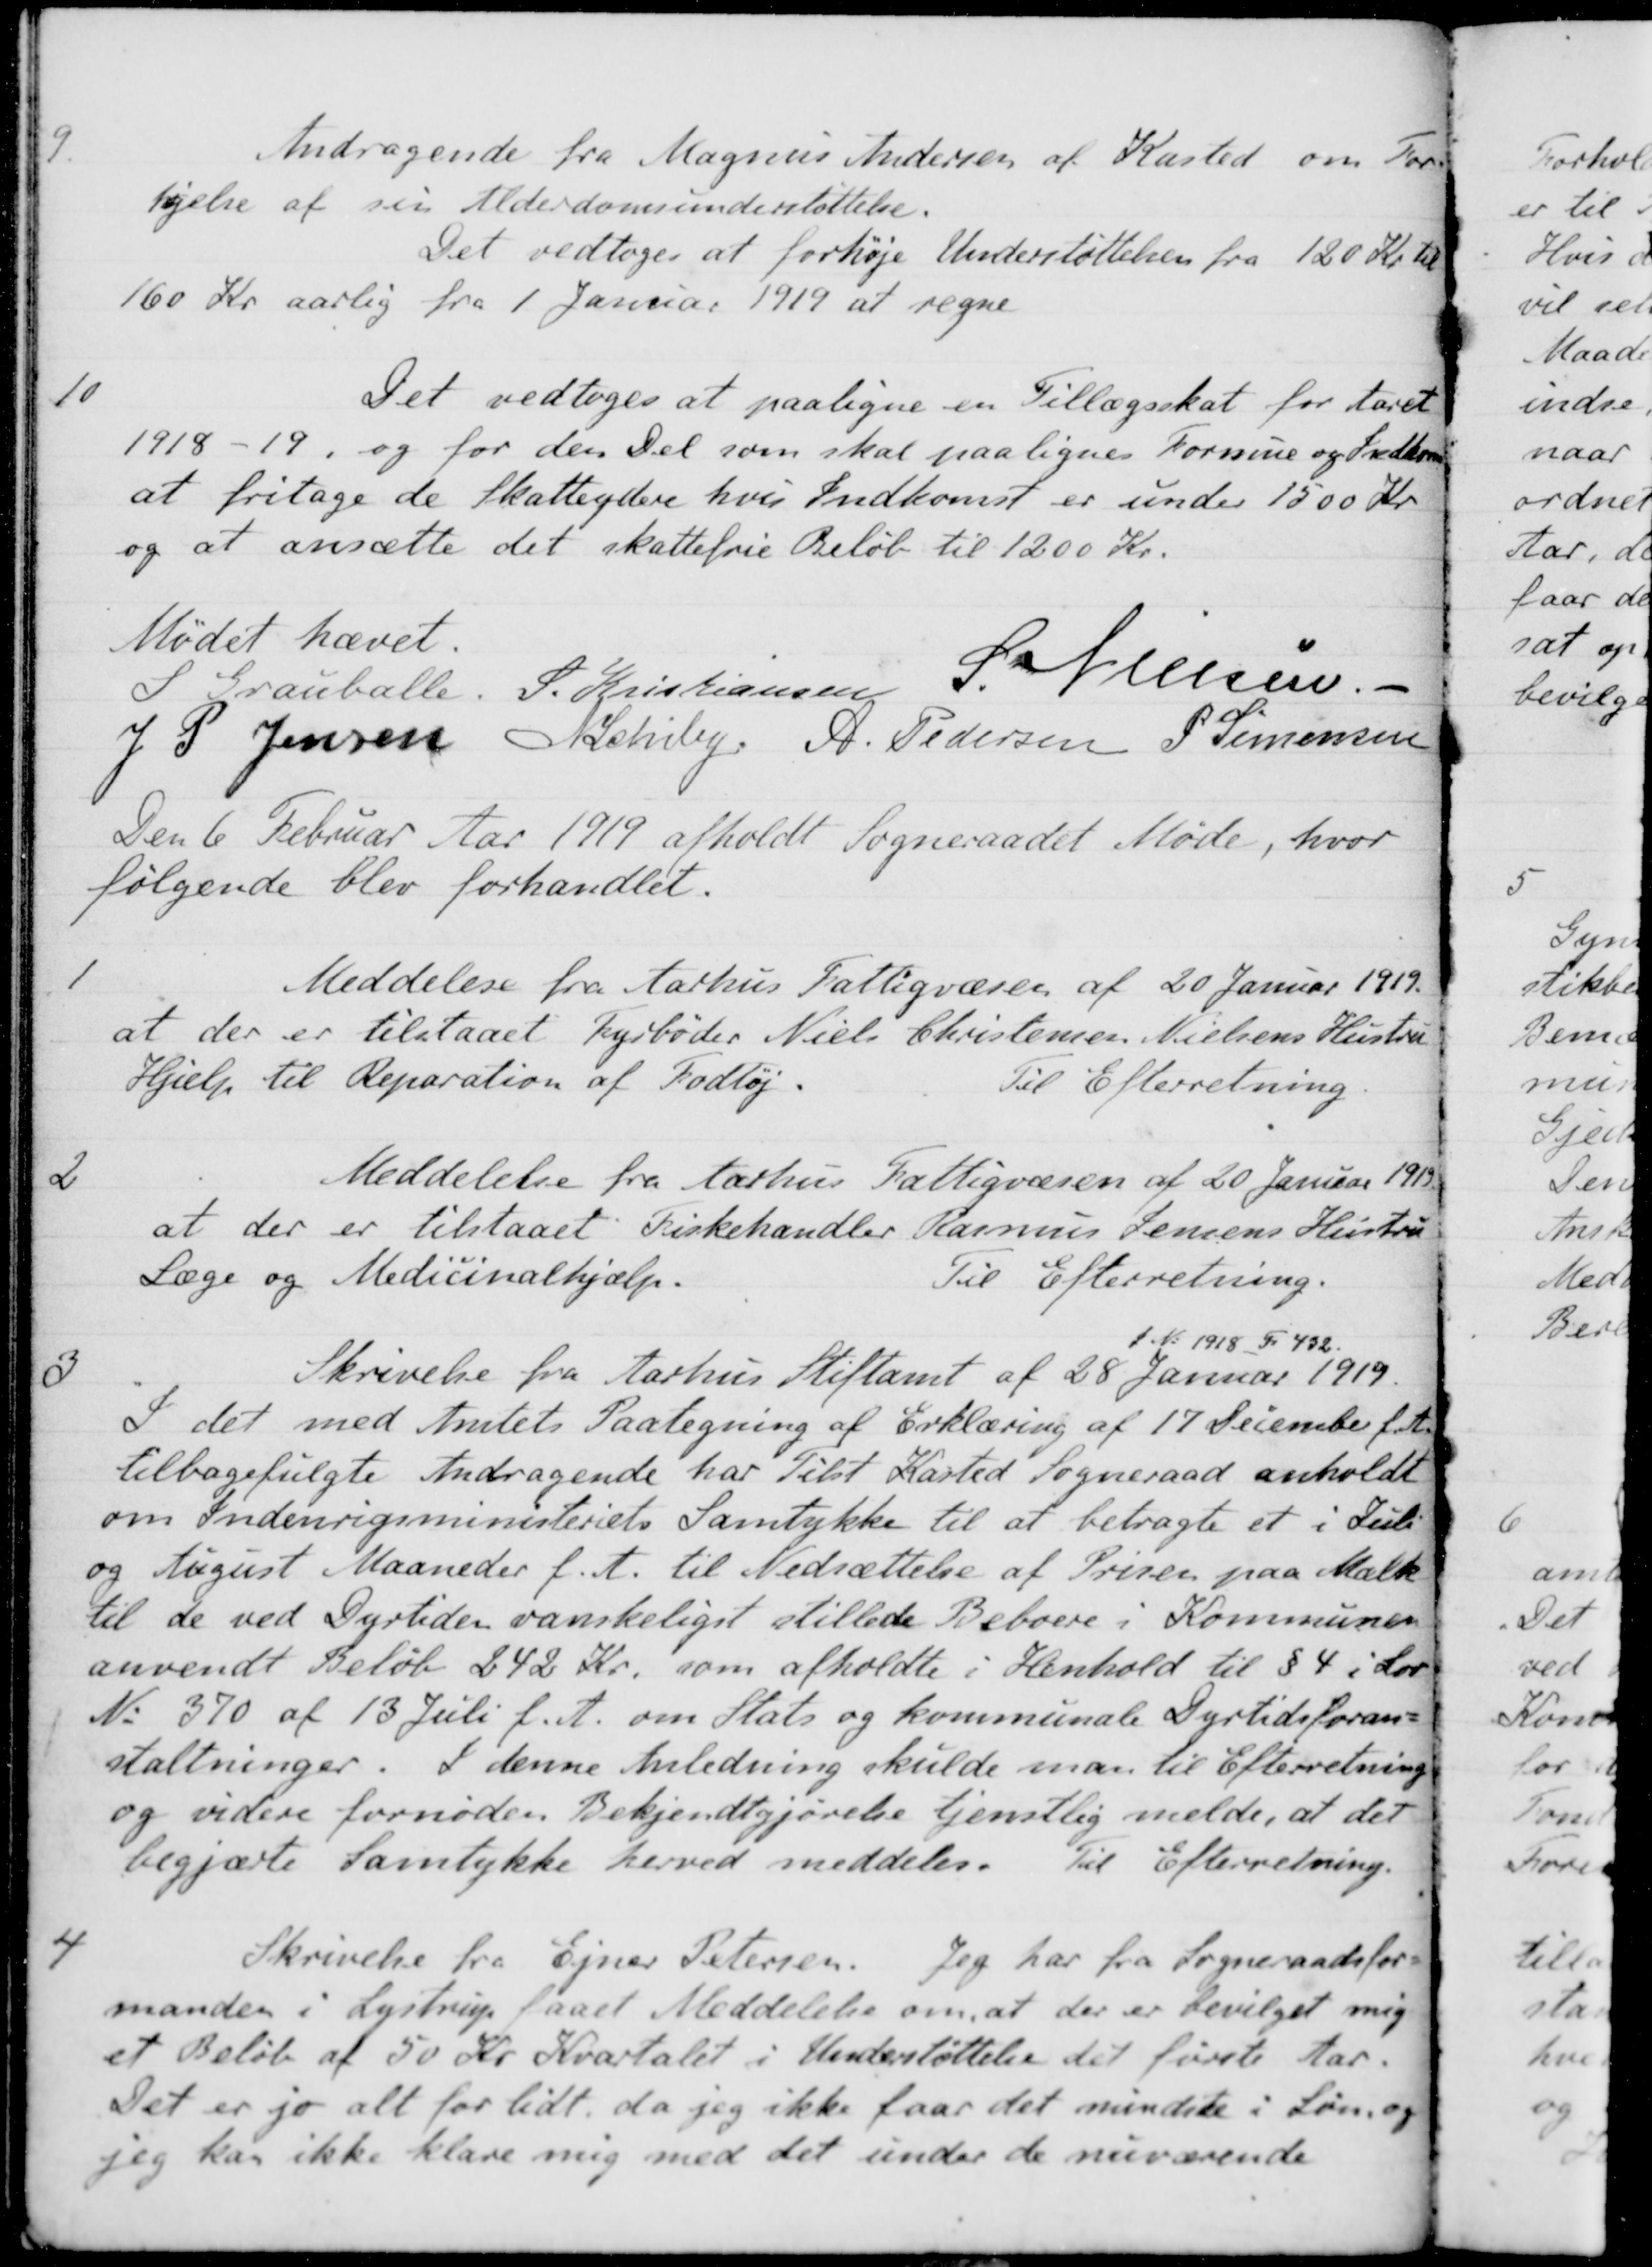
Transskription:
9
Andragende fra Magnus Andersen af Kasted om For-
højelse af sin Alderdomsunderstøttelse.
Det vedtoges at forhøje Understøttelsen fra 120 Kr. til
160 Kr aarlig fra 1 Januar 1919 at regne
10
Det vedtoges at paaligne en Tillægsskat for Aaret
1918 - 19, og for den Del som skal paalignes Formue og Indkomst
at fritage de Skatteydere hvis Indkomst er under 1500 Kr.
og at ansætte det skattefrie Beløb til 1200 Kr.
Mødet hævet.
S Grauballe
S. Kristiansen
S. Nielsen
J P. Jensen
N Schiby
A. Pedersen
P. Simonsen
Den 6 Februar Aar 1919 afholdt Sogneraadet Møde, hvor
følgende blev forhandlet.
1
Meddelese fra Aarhus Fattigvæsen af 20 Januar 1919.
at der er tilstaaet Fyrbøder Niels Christensen Nielsens Hustru
Hjælp til Reparation af Fodtøj.
Til Efterretning.
2
Meddelelse fra Aarhus Fattigvæsen af 20 Januar 1919
at der er tilstaaet Fiskehandler Rasmus Jensens Hustru
Læge og Medicinalhjælp.
Til Efterretning.
3
Skrivelse fra Aarhus Stiftamt af 28 Januar 1919.
J.No 1918 F. 432.
I det med Amtets Paategning af Erklæring af 17 December f.A.
tilbagefulgte Andragende har Tilst Kasted Sogneraad anholdt
om Indenrigsministeriets Samtykke til at betragte et i Juli
og August Maaneder f. A. til Nedsættelse af Prisen paa Mælk
til de ved Dyrtiden vanskeligst stillede Beboere i Kommunen
anvendt Beløb 242 Kr. som afholdte i Henhold til § 4 i Lov
No 370 af 13 Juli f. A. om Stats og kommunale Dyrtidsforan-
staltninger. I denne Anledning skulde man til Efterretning
og videre fornøden Bekjendtgjørelse tjenstlig melde, at det
begjærte Samtykke herved meddeles
Til Efterretning.
4
Skrivelse fra Ejner Petersen
Jeg har fra Sogneraadsfor-
manden i Lystrup faaet Meddelelse om, at der er bevilget mig
et Beløb af 50 Kr. Kvartalet i Understøttelse det første Aar.
Det er jo alt for lidt, da jeg ikke faar det mindste i Løn, og
jeg han ikke klare mig med det under de nuværende